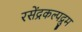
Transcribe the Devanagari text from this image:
रसेंद्रकल्पद्रुम